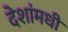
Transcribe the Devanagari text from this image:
देशांमधी